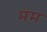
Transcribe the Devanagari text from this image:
मंम